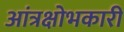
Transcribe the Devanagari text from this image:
आंत्रक्षोभकारी